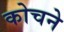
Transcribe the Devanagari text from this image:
कोचने